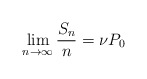
\begin{align*} \lim_{n\to\infty}\frac{S_n}{n}=\nu P_0 \end{align*}